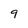
Character: 9